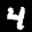
Label: 4